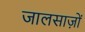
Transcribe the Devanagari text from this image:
जालसाज़ों